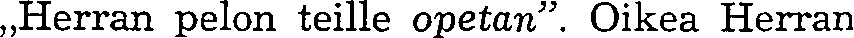
,,Herran pelon teille opetan''. Oikea Herran